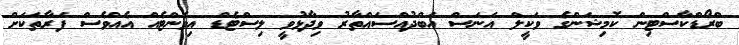
ބްރޯޑްކާސްޓިން ކޮމިޝަންގެ ވަކީލް އަނަސް އަބްދުއްސައްތާރު ވިދާޅުވީ ލިސްޓެޑް އިވެންޓެއް އެއްވެސް ފަރާތަކަށް